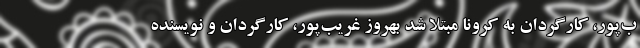
ب‌پور، کارگردان به کرونا مبتلا شد بهروز غریب‌پور، کارگردان و نویسنده